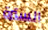
السترة